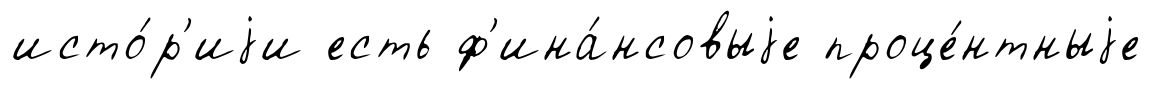
исто́р'иjи есть ф'ина́нсовыjе проце́нтныjе